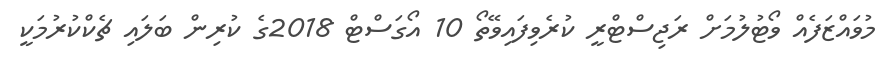
މުވައްޒަފެއް ވޯޓުލުމަށް ރަޖިސްޓްރީ ކުރެވިފައިވޭތޯ 10 އޯގަސްޓް 2018ގެ ކުރިން ބަލައި ޗެކްކުރުމަކީ